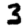
Digit: 3